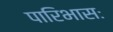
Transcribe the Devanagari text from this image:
पारिभासः